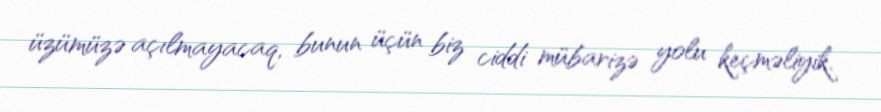
üzümüzə açılmayacaq, bunun üçün biz ciddi mübarizə yolu keçməliyik.